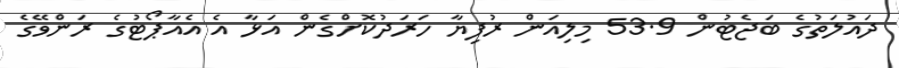
ދައުލަތުގެ ބަޖެޓުން 53.9 މިލިއަން ރުފިޔާ ހަރަދުކޮށްގެން އަޅާ އެ އެއާޕޯޓުގެ ރަންވޭގެ